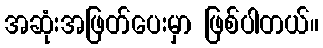
အဆုံးအဖြတ်ပေးမှာ ဖြစ်ပါတယ်။